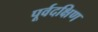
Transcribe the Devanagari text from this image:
पूर्वदक्षिण